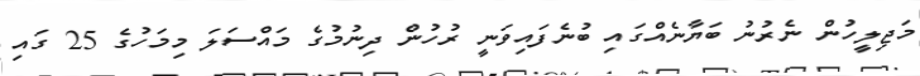
މަޖިލީހުން ނެރުނު ބަޔާނެއްގައި ބުނެފައިވަނީ ރުހުން ދިނުމުގެ މައްސަލަ މިމަހުގެ 25 ގައި